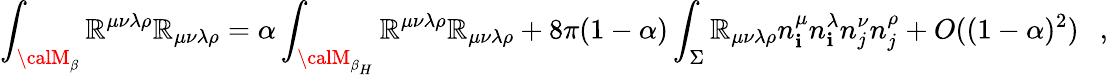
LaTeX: \int_{{\calM}_{\beta}}\mathbb{R}^{\mu\nu\lambda\rho}\mathbb{R}_{\mu\nu\lambda\rho}=\alpha\int_{{\calM}_{\beta_{H}}}\mathbb{R}^{\mu\nu\lambda\rho}\mathbb{R}_{\mu\nu\lambda\rho}+8\pi(1-\alpha)\int_{\Sigma}\mathbb{R}_{\mu\nu\lambda\rho}n_{\mathbf{i}}^{\mu}n_{\mathbf{i}}^{\lambda}n_{j}^{\nu}n_{j}^{\rho}+O((1-\alpha)^{2})~~~,